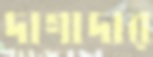
দাগাদার